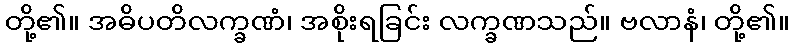
တို့၏။ အဓိပတိလက္ခဏံ၊ အစိုးရခြင်း လက္ခဏသည်။ ဗလာနံ၊ တို့၏။